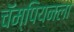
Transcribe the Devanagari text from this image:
चॅम्पियनला